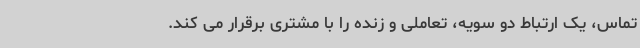
تماس، یک ارتباط دو سویه، تعاملی و زنده را با مشتری برقرار می کند.